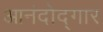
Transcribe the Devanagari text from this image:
आनंदोद्गार